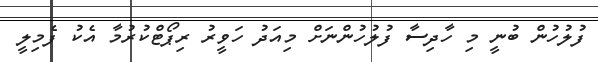
ފުލުހުން ބުނީ މި ހާދިސާ ފުލުހުންނަށް މިއަދު ހަވީރު ރިޕޯޓްކުރުމާ އެކު ފެމިލީ